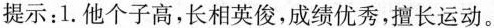
提示：1.他个子高，长相英俊，成绩优秀，擅长运动。